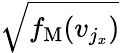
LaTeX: \sqrt{f_{\mathrm{M}}(v_{j_{x}})}